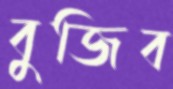
বুজিব